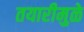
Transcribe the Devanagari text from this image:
तयारीमुळे